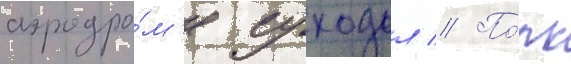
аэродро́м'е суходол // По́лк